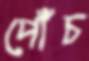
পোঁচ